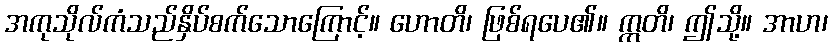
အကုသိုလ်ကံသည်နှိပ်စက်သောကြောင့်။ ဟောတိ၊ ဖြစ်ရပေ၏။ ဣတိ၊ ဤသို့။ အာဟ၊